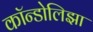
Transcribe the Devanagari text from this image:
कॉन्डोलिझा